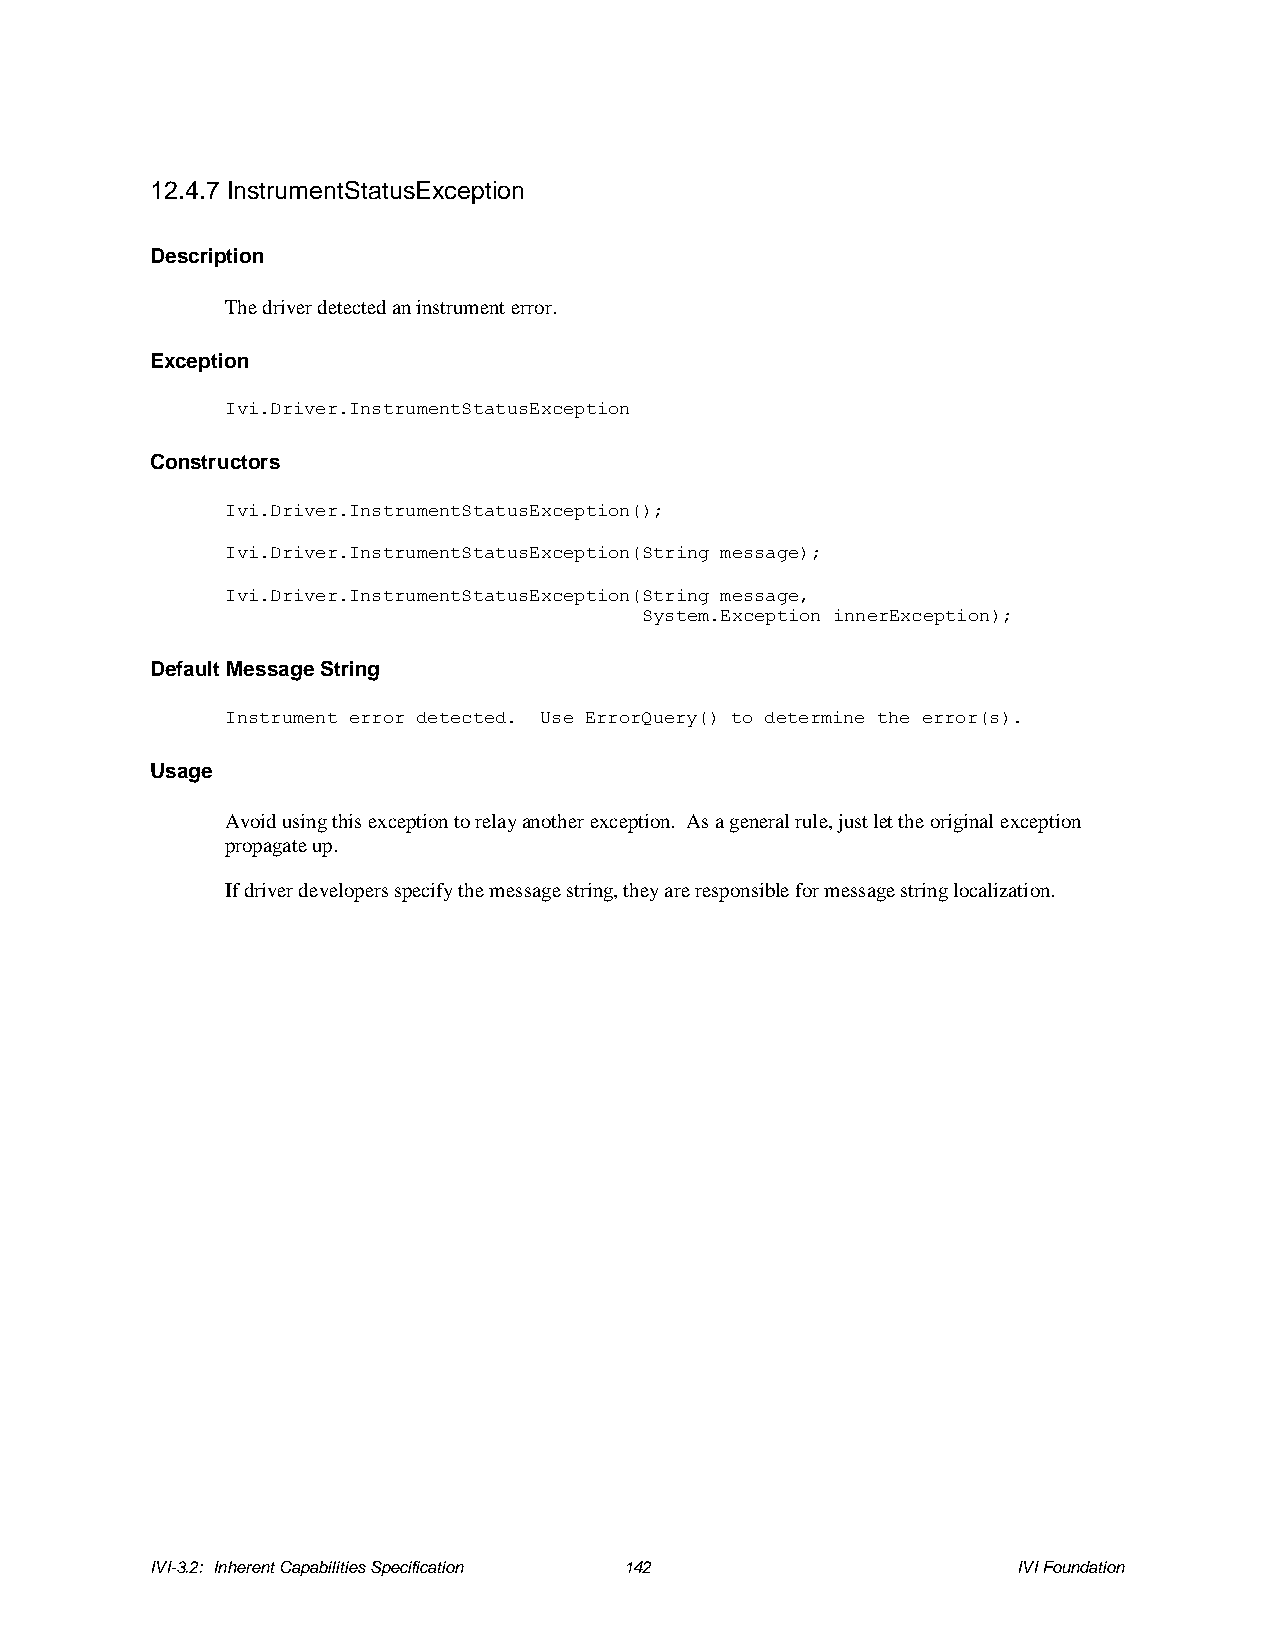
12.4.7 InstrumentStatusException
 Description
 The driver detected an instrument error.
 Exception
 Ivi.Driver.InstrumentStatusException
 Constructors
 Ivi.Driver.InstrumentStatusException();
 Ivi.Driver.InstrumentStatusException(String message);
 Ivi.Driver.InstrumentStatusException(String message,
 System.Exception innerException);
 Default Message String
 Instrument error detected. Use ErrorQuery() to determine the error(s).
 Usage
 Avoid using this exception to relay another exception. As a general rule, just let the original exception
 propagate up.
 If driver developers specify the message string, they are responsible for message string localization.
 IVI-3.2: Inherent Capabilities Specification 142         IVI Foundation